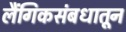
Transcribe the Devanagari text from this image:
लैंगिकसंबधातून